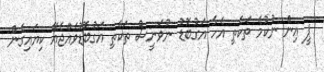
ޕީ އިން ނުކުމެ ތަކެތި އެހާ އަގުބޮޑު ނުވަނީސް ތަކެތި އަގުބޮޑުވެއްޖެއޭ ކިޔައިގެން